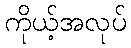
ကိုယ့်အလုပ်